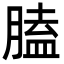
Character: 䐦